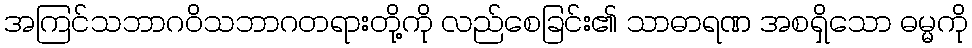
အကြင်သဘာဂဝိသဘာဂတရားတို့ကို လည်စေခြင်း၏ သာဓာရဏ အစရှိသော ဓမ္မကို